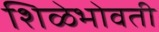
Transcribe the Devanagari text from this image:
शिळेभोवती